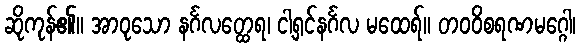
ဆိုကုန်၏။ အာဝုသော နင်္ဂလတ္ထေရ၊ ငါ့ရှင်နင်္ဂလ မထေရ်။ တဝဝိစရဏမဂ္ဂေါ၊